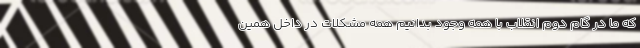
که ما در گام دوم انقلاب با همه وجود بدانیم همه مشکلات در داخل همین